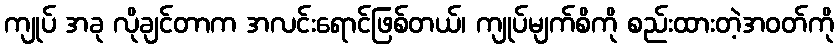
ကျုပ် အခု လိုချင်တာက အလင်းရောင်ဖြစ်တယ်၊ ကျုပ်မျက်စိကို စည်းထားတဲ့အဝတ်ကို